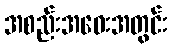
အစည်းအဝေးအတွင်း